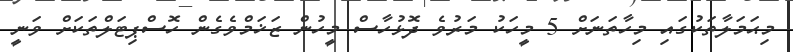
މިޙަމަލާތަކުގައި މިހާތަނަށް 5 މީހަކު މަރުވެ ދޮޅުހާސް މީހުން ޒަޚަމްވެގެން ހޮސްޕިޓަލްތަކަށް ވަނީ